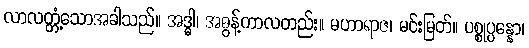
လာလတ္တံ့သောအခါသည်။ အဒ္ဓါ၊ အဓွန့်ကာလတည်း။ မဟာရာဇ၊ မင်းမြတ်။ ပစ္စုပ္ပန္နော၊